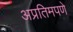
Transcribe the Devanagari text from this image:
अप्रतिमपणे